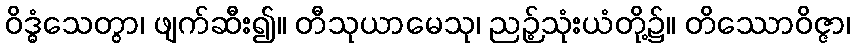
ဝိဒ္ဓံသေတွာ၊ ဖျက်ဆီး၍။ တီသုယာမေသု၊ ညဉ့်သုံးယံတို့၌။ တိဿောဝိဇ္ဇာ၊